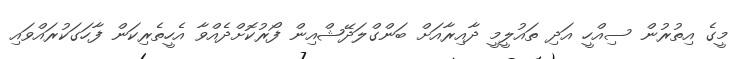
މީގެ އިތުރުން ސިއްހީ އަދި ތައުލީމީ ދާއިރާއަށް ބަންގްލަދޭޝްއިން ފޯރުކޮށްދެއްވާ އެހީތެރިކަން ފާހަގަކުރައްވައި